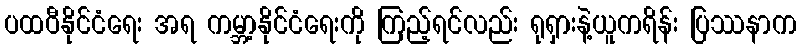
ပထဝီနိုင်ငံရေး အရ ကမ္ဘာ့နိုင်ငံရေးကို ကြည့်ရင်လည်း ရုရှားနဲ့ယူကရိန်း ပြဿနာက